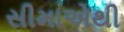
સીમાએથી